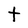
Character: t